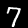
Digit: 7